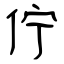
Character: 佇